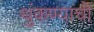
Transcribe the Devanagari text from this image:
थुंकण्याची